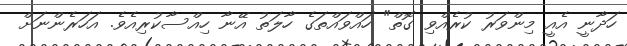
ހަދާނީ އެއީ މިންވަރު ކުރެއްވި ގޮތް" ހައްވައްތަގެ ހާލަތު އޭނާ ހިއްސާކުރިއެވެ. އަހަރެންނަށް